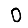
Digit: 0